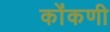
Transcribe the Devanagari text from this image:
कोंंकणी